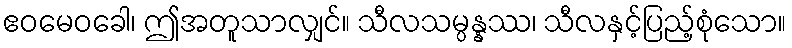
ဧဝမေဝခေါ၊ ဤအတူသာလျှင်။ သီလသမ္ပန္နဿ၊ သီလနှင့်ပြည့်စုံသော။